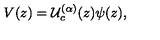
V ( z ) = \mathcal { U } _ { c } ^ { ( \alpha ) } ( z ) \psi ( z ) ,